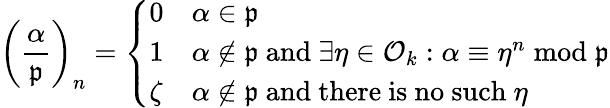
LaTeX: \left({\frac{\alpha}{\mathfrak{p}}}\right)_{n}={\left\{ \begin{array}{ll}{0}&{\alpha\in{\mathfrak{p}}}\\ {1}&{\alpha\not\in{\mathfrak{p}}{\mathrm{~and~}}\exists\eta\in{\mathcal{O}}_{k}:\alpha\equiv\eta^{n}{\bmod{\mathfrak{p}}}}\\ {\zeta}&{\alpha\not\in{\mathfrak{p}}{\mathrm{~and~there~is~no~such~}}\eta}\end{array}\right.}